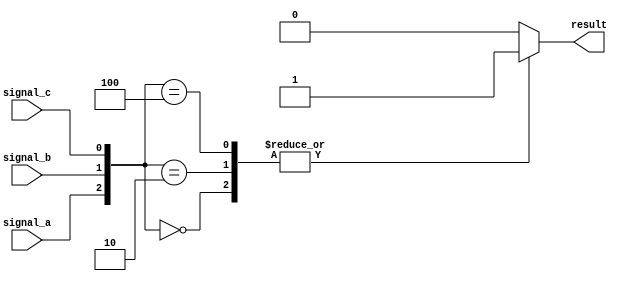
module priority_case_statement(
    input wire signal_a,
    input wire signal_b,
    input wire signal_c,
    output reg result
);

always @*
begin
    case ({signal_a, signal_b, signal_c})
        {3'b000}: result = 1; // Case statement for when signal_a=0, signal_b=0, signal_c=0
        {3'b001}: result = 2; // Case statement for when signal_a=0, signal_b=0, signal_c=1
        {3'b010}: result = 3; // Case statement for when signal_a=0, signal_b=1, signal_c=0
        {3'b011}: result = 4; // Case statement for when signal_a=0, signal_b=1, signal_c=1
        {3'b100}: result = 5; // Case statement for when signal_a=1, signal_b=0, signal_c=0
        default: result = 6; // Default case statement
    endcase
end

endmodule